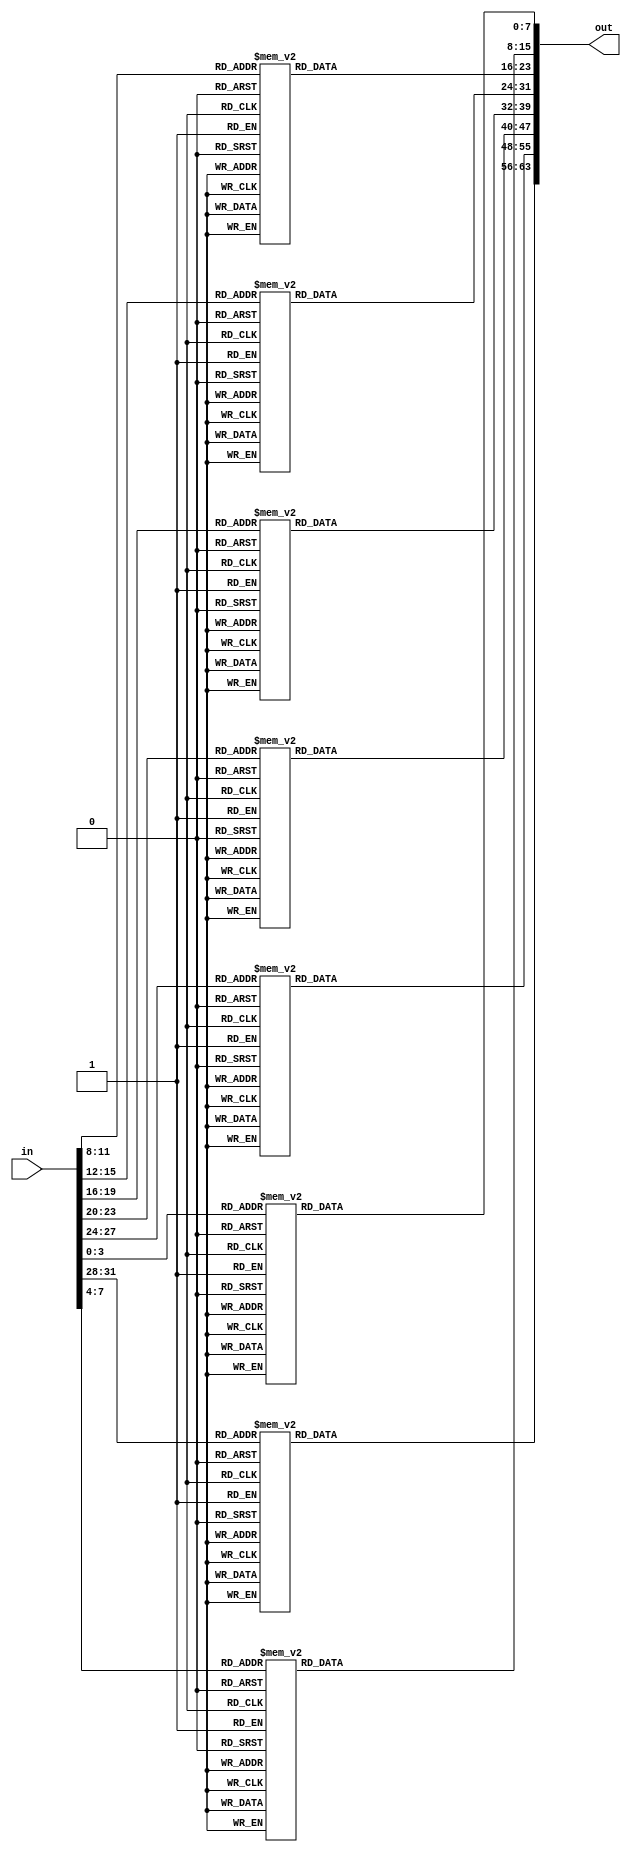
/*
* 3264
*/

module Seg8BCD(
		input [31:0] in,
		output reg [63:0] out);


	
	

	always @( * ) begin
		
			
			case(in[3:0])
				4'b0000:out[7:0]=8'b00000011;
				4'b0001:out[7:0]=8'b10011111;
				4'b0010:out[7:0]=8'b00100101;
				4'b0011:out[7:0]=8'b00001101;
				4'b0100:out[7:0]=8'b10011001;
				4'b0101:out[7:0]=8'b01001001;
				4'b0110:out[7:0]=8'b01000001;
				4'b0111:out[7:0]=8'b00011111;
				4'b1000:out[7:0]=8'b00000001;
				4'b1001:out[7:0]=8'b00001001;
				4'b1010:out[7:0]=8'b00010001;
				4'b1011:out[7:0]=8'b11000001;
				4'b1100:out[7:0]=8'b01100011;
				4'b1101:out[7:0]=8'b10000101;
				4'b1110:out[7:0]=8'b01100001;
				4'b1111:out[7:0]=8'b01110001;
			endcase

			case(in[7:4])
				4'b0000:out[15:8]=8'b00000011;
				4'b0001:out[15:8]=8'b10011111;
				4'b0010:out[15:8]=8'b00100101;
				4'b0011:out[15:8]=8'b00001101;
				4'b0100:out[15:8]=8'b10011001;
				4'b0101:out[15:8]=8'b01001001;
				4'b0110:out[15:8]=8'b01000001;
				4'b0111:out[15:8]=8'b00011111;
				4'b1000:out[15:8]=8'b00000001;
				4'b1001:out[15:8]=8'b00001001;
				4'b1010:out[15:8]=8'b00010001;
				4'b1011:out[15:8]=8'b11000001;
				4'b1100:out[15:8]=8'b01100011;
				4'b1101:out[15:8]=8'b10000101;
				4'b1110:out[15:8]=8'b01100001;
				4'b1111:out[15:8]=8'b01110001;
			endcase

			case(in[11:8])
				4'b0000:out[23:16]=8'b00000011;
				4'b0001:out[23:16]=8'b10011111;
				4'b0010:out[23:16]=8'b00100101;
				4'b0011:out[23:16]=8'b00001101;
				4'b0100:out[23:16]=8'b10011001;
				4'b0101:out[23:16]=8'b01001001;
				4'b0110:out[23:16]=8'b01000001;
				4'b0111:out[23:16]=8'b00011111;
				4'b1000:out[23:16]=8'b00000001;
				4'b1001:out[23:16]=8'b00001001;
				4'b1010:out[23:16]=8'b00010001;
				4'b1011:out[23:16]=8'b11000001;
				4'b1100:out[23:16]=8'b01100011;
				4'b1101:out[23:16]=8'b10000101;
				4'b1110:out[23:16]=8'b01100001;
				4'b1111:out[23:16]=8'b01110001;
			endcase

			case(in[15:12])
				4'b0000:out[31:24]=8'b00000011;
				4'b0001:out[31:24]=8'b10011111;
				4'b0010:out[31:24]=8'b00100101;
				4'b0011:out[31:24]=8'b00001101;
				4'b0100:out[31:24]=8'b10011001;
				4'b0101:out[31:24]=8'b01001001;
				4'b0110:out[31:24]=8'b01000001;
				4'b0111:out[31:24]=8'b00011111;
				4'b1000:out[31:24]=8'b00000001;
				4'b1001:out[31:24]=8'b00001001;
				4'b1010:out[31:24]=8'b00010001;
				4'b1011:out[31:24]=8'b11000001;
				4'b1100:out[31:24]=8'b01100011;
				4'b1101:out[31:24]=8'b10000101;
				4'b1110:out[31:24]=8'b01100001;
				4'b1111:out[31:24]=8'b01110001;
			endcase

			case(in[19:16])
				4'b0000:out[39:32]=8'b00000011;
				4'b0001:out[39:32]=8'b10011111;
				4'b0010:out[39:32]=8'b00100101;
				4'b0011:out[39:32]=8'b00001101;
				4'b0100:out[39:32]=8'b10011001;
				4'b0101:out[39:32]=8'b01001001;
				4'b0110:out[39:32]=8'b01000001;
				4'b0111:out[39:32]=8'b00011111;
				4'b1000:out[39:32]=8'b00000001;
				4'b1001:out[39:32]=8'b00001001;
				4'b1010:out[39:32]=8'b00010001;
				4'b1011:out[39:32]=8'b11000001;
				4'b1100:out[39:32]=8'b01100011;
				4'b1101:out[39:32]=8'b10000101;
				4'b1110:out[39:32]=8'b01100001;
				4'b1111:out[39:32]=8'b01110001;
			endcase

			case(in[23:20])
				4'b0000:out[47:40]=8'b00000011;
				4'b0001:out[47:40]=8'b10011111;
				4'b0010:out[47:40]=8'b00100101;
				4'b0011:out[47:40]=8'b00001101;
				4'b0100:out[47:40]=8'b10011001;
				4'b0101:out[47:40]=8'b01001001;
				4'b0110:out[47:40]=8'b01000001;
				4'b0111:out[47:40]=8'b00011111;
				4'b1000:out[47:40]=8'b00000001;
				4'b1001:out[47:40]=8'b00001001;
				4'b1010:out[47:40]=8'b00010001;
				4'b1011:out[47:40]=8'b11000001;
				4'b1100:out[47:40]=8'b01100011;
				4'b1101:out[47:40]=8'b10000101;
				4'b1110:out[47:40]=8'b01100001;
				4'b1111:out[47:40]=8'b01110001;
			endcase

			case(in[27:24])
				4'b0000:out[55:48]=8'b00000011;
				4'b0001:out[55:48]=8'b10011111;
				4'b0010:out[55:48]=8'b00100101;
				4'b0011:out[55:48]=8'b00001101;
				4'b0100:out[55:48]=8'b10011001;
				4'b0101:out[55:48]=8'b01001001;
				4'b0110:out[55:48]=8'b01000001;
				4'b0111:out[55:48]=8'b00011111;
				4'b1000:out[55:48]=8'b00000001;
				4'b1001:out[55:48]=8'b00001001;
				4'b1010:out[55:48]=8'b00010001;
				4'b1011:out[55:48]=8'b11000001;
				4'b1100:out[55:48]=8'b01100011;
				4'b1101:out[55:48]=8'b10000101;
				4'b1110:out[55:48]=8'b01100001;
				4'b1111:out[55:48]=8'b01110001;
			endcase

			case(in[31:28])
				4'b0000:out[63:56]=8'b00000011;
				4'b0001:out[63:56]=8'b10011111;
				4'b0010:out[63:56]=8'b00100101;
				4'b0011:out[63:56]=8'b00001101;
				4'b0100:out[63:56]=8'b10011001;
				4'b0101:out[63:56]=8'b01001001;
				4'b0110:out[63:56]=8'b01000001;
				4'b0111:out[63:56]=8'b00011111;
				4'b1000:out[63:56]=8'b00000001;
				4'b1001:out[63:56]=8'b00001001;
				4'b1010:out[63:56]=8'b00010001;
				4'b1011:out[63:56]=8'b11000001;
				4'b1100:out[63:56]=8'b01100011;
				4'b1101:out[63:56]=8'b10000101;
				4'b1110:out[63:56]=8'b01100001;
				4'b1111:out[63:56]=8'b01110001;
			endcase


	end
endmodule